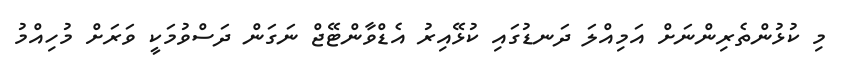
މި ކުޅުންތެރިންނަށް އަމިއްލަ ދަނޑުގައި ކުޅޭއިރު އެޑްވާންޓޭޖް ނަގަން ދަސްވުމަކީ ވަރަށް މުހިއްމު